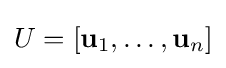
U=[\mathbf {u} _{1},\ldots ,\mathbf {u} _{n}]